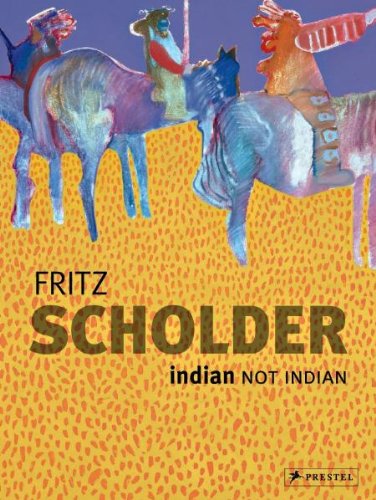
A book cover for Fritz Scholder: Indian/Not Indian; Lowery Stokes Sims; Arts & Photography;